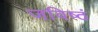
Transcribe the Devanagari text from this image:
जविष्ठं